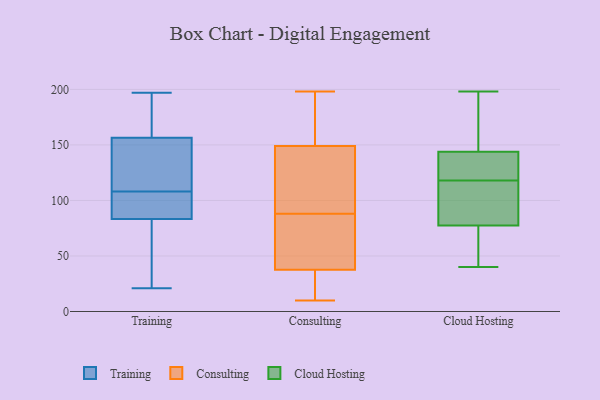
{"axis": {"x": "Headcount", "y": "Value"}, "legend": ["Cloud Hosting", "Consulting", "Training"], "data": [{"x": "", "y": 93, "type": "Training"}, {"x": "", "y": 197, "type": "Training"}, {"x": "", "y": 123, "type": "Training"}, {"x": "", "y": 80, "type": "Training"}, {"x": "", "y": 21, "type": "Training"}, {"x": "", "y": 165, "type": "Training"}, {"x": "", "y": 52, "type": "Training"}, {"x": "", "y": 48, "type": "Training"}, {"x": "", "y": 96, "type": "Training"}, {"x": "", "y": 108, "type": "Training"}, {"x": "", "y": 95, "type": "Training"}, {"x": "", "y": 115, "type": "Training"}, {"x": "", "y": 157, "type": "Training"}, {"x": "", "y": 155, "type": "Training"}, {"x": "", "y": 179, "type": "Training"}, {"x": "", "y": 142, "type": "Consulting"}, {"x": "", "y": 25, "type": "Consulting"}, {"x": "", "y": 87, "type": "Consulting"}, {"x": "", "y": 172, "type": "Consulting"}, {"x": "", "y": 198, "type": "Consulting"}, {"x": "", "y": 20, "type": "Consulting"}, {"x": "", "y": 41, "type": "Consulting"}, {"x": "", "y": 98, "type": "Consulting"}, {"x": "", "y": 71, "type": "Consulting"}, {"x": "", "y": 167, "type": "Consulting"}, {"x": "", "y": 190, "type": "Consulting"}, {"x": "", "y": 156, "type": "Consulting"}, {"x": "", "y": 10, "type": "Consulting"}, {"x": "", "y": 51, "type": "Consulting"}, {"x": "", "y": 56, "type": "Consulting"}, {"x": "", "y": 99, "type": "Consulting"}, {"x": "", "y": 89, "type": "Consulting"}, {"x": "", "y": 97, "type": "Consulting"}, {"x": "", "y": 34, "type": "Consulting"}, {"x": "", "y": 20, "type": "Consulting"}, {"x": "", "y": 40, "type": "Cloud Hosting"}, {"x": "", "y": 134, "type": "Cloud Hosting"}, {"x": "", "y": 69, "type": "Cloud Hosting"}, {"x": "", "y": 181, "type": "Cloud Hosting"}, {"x": "", "y": 126, "type": "Cloud Hosting"}, {"x": "", "y": 132, "type": "Cloud Hosting"}, {"x": "", "y": 126, "type": "Cloud Hosting"}, {"x": "", "y": 192, "type": "Cloud Hosting"}, {"x": "", "y": 198, "type": "Cloud Hosting"}, {"x": "", "y": 109, "type": "Cloud Hosting"}, {"x": "", "y": 102, "type": "Cloud Hosting"}, {"x": "", "y": 118, "type": "Cloud Hosting"}, {"x": "", "y": 104, "type": "Cloud Hosting"}, {"x": "", "y": 147, "type": "Cloud Hosting"}, {"x": "", "y": 72, "type": "Cloud Hosting"}, {"x": "", "y": 53, "type": "Cloud Hosting"}, {"x": "", "y": 158, "type": "Cloud Hosting"}, {"x": "", "y": 65, "type": "Cloud Hosting"}, {"x": "", "y": 94, "type": "Cloud Hosting"}]}